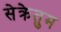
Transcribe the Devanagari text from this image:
सेक्रेतुम